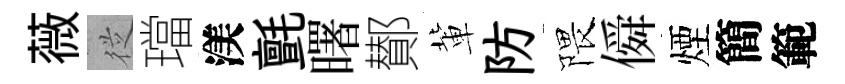
薇従璫渼氈曙鄼軰防隈僢煙簡範